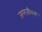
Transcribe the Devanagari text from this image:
जलजीवनी